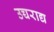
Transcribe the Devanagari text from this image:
उच्चराद्य